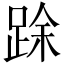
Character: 䟻